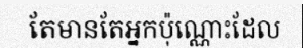
តែមានតែអ្នកប៉ុណ្ណោះដែល